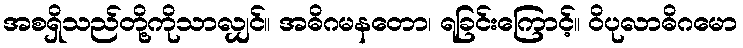
အစရှိသည်တို့ကိုသာလျှင်။ အဓိဂမနတော၊ ရခြင်းကြောင့်။ ဝိပုလာဓိဂမော